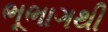
ભૂભાગથી